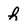
Character: h